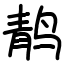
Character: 䴖